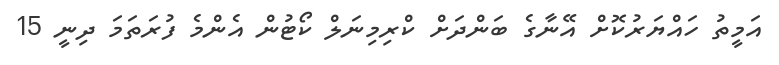
އަމީތު ހައްޔަރުކޮށް އޭނާގެ ބަންދަށް ކްރިމިނަލް ކޯޓުން އެންމެ ފުރަތަމަ ދިނީ 15